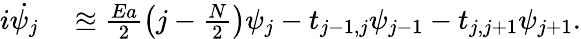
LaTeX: \begin{array}{rl}{i\dot{\psi_{j}}}&{{}\approxeq\frac{Ea}{2}\left(j-\frac{N}{2}\right)\psi_{j}-t_{j-1,j}\psi_{j-1}-t_{j,j+1}\psi_{j+1}.}\end{array}